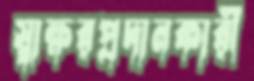
স্বাক্ষরপ্রদানকারী